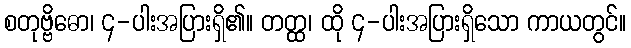
စတုဗ္ဗိဓော၊ ၄-ပါးအပြားရှိ၏။ တတ္ထ၊ ထို ၄-ပါးအပြားရှိသော ကာယတွင်။